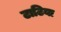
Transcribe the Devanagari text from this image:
टाटिया